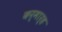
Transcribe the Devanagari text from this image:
कर्मार्ह